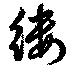
縷